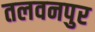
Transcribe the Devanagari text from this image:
तलवनपुर